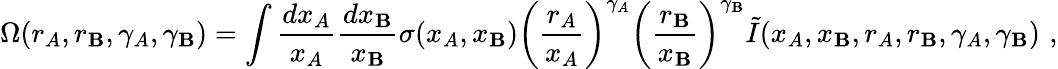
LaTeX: \Omega(r_{A},r_{\mathbf{B}},\gamma_{A},\gamma_{\mathbf{B}})=\int{\frac{{dx_{A}}}{{x_{A}}}}{\frac{{dx_{\mathbf{B}}}}{{x_{\mathbf{B}}}}}\sigma(x_{A},x_{\mathbf{B}})\biggl({\frac{{r_{A}}}{{x_{A}}}}\biggr)^{\gamma_{A}}\biggl({\frac{{r_{\mathbf{B}}}}{{x_{\mathbf{B}}}}}\biggr)^{\gamma_{\mathbf{B}}}\tilde{{I}}(x_{A},x_{\mathbf{B}},r_{A},r_{\mathbf{B}},\gamma_{A},\gamma_{\mathbf{B}})\, \, ,